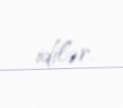
idilər.